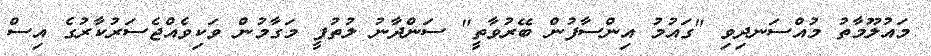
މައުލޫމާތު މުއްސަނދިވި "ގައުމު އިންސާފުން ބޭރުވާތީ" ސަންދާނު ލުތުފީ މަގާމުން ވަކިވެއްޖެސަރުކާރުގެ އިސް